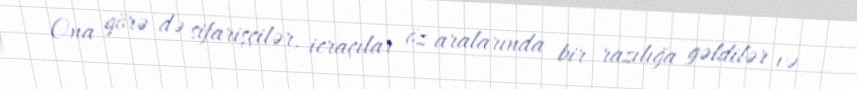
Ona görə də sifarişçilər, icraçılar öz aralarında bir razılığa gəldilər və